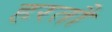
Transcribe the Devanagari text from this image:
हरतौ